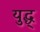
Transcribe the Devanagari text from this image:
युद्ध्